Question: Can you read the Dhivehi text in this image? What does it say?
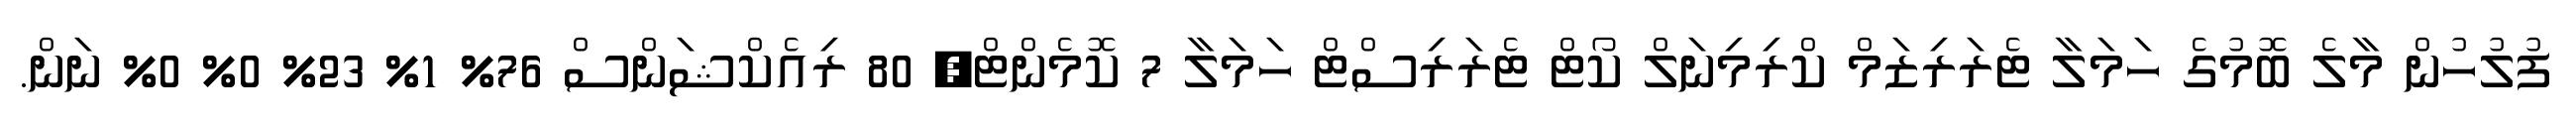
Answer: ފުލުހުން މާލެ ބޮމުގެ ހަމަލާ ޓެރަރިޒަމް ކްރިމިނަލް ކޯޓް ޓެރަރިސްޓް ހަމަލާ 7 ކޮމެންޓް, 80 ރިއެކްޝަންސް 76% 1% 23% 0% 0% ނަން.